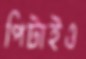
পিটাইও